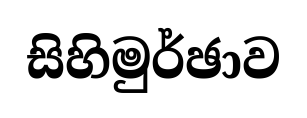
සිහිමුර්ඡාව